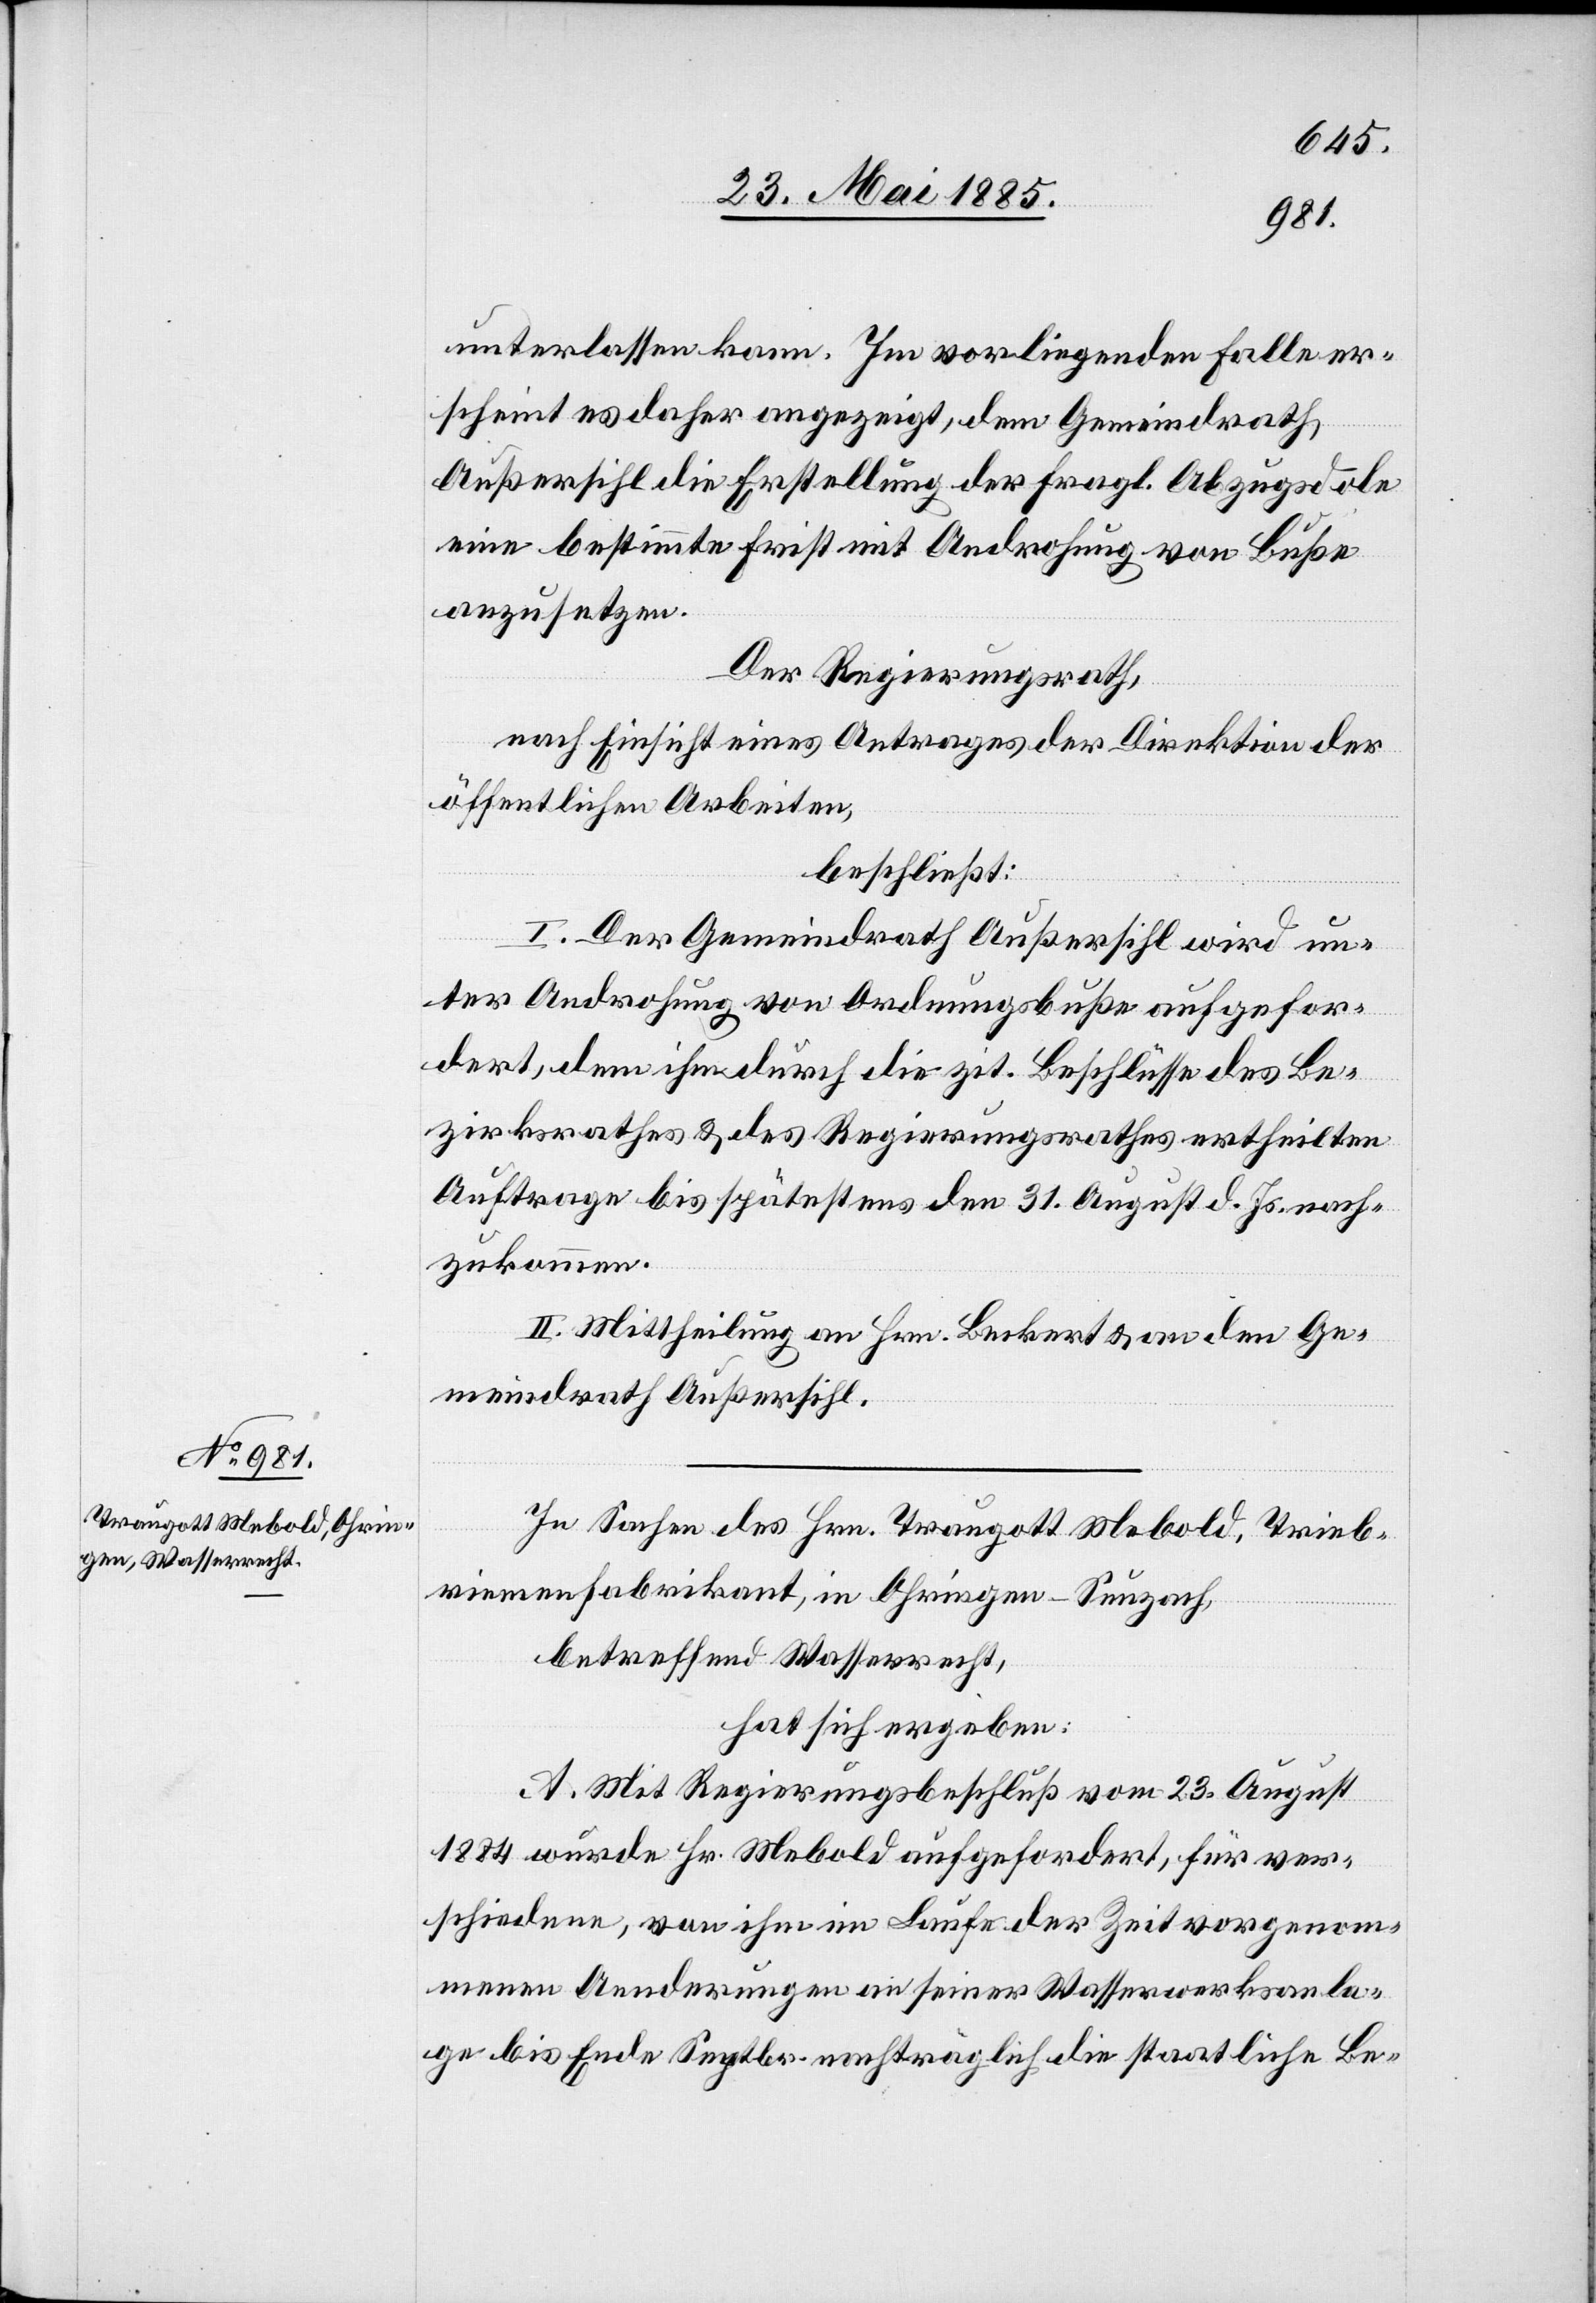
unterlassen kann. Im vorliegenden Falle er¬
scheint es daher angezeigt, dem Gemeindrath
Außersihl die Erstellung der fragl. Abzugsdole
eine bestimmte Frist mit Androhung von Buße
anzusetzen.
Der Regierungsrath,
nach Einsicht eines Antrages der Direktion der
öffentlichen Arbeiten,
beschließt:
I. Der Gemeindrath Außersihl wird un¬
ter Androhung von Ordnungsbuße aufgefor¬
dert, dem ihm durch die zit. Beschlüsse des Be¬
zirksrathes & des Regierungsrathes ertheilten
Auftrage bis spätestens den 31. August d. Js. nach¬
zukommen.
II. Mittheilung an Hrn. Burkert & an den Ge¬
meindsrath Außersihl.
In Sachen des Hrn. Traugott Mebold, Trieb¬
riemenfabrikant, in Ohringen - Seuzach,
betreffend Wasserrecht,
hat sich ergeben:
A. Mit Regierungsbeschluß vom 23. August
1884 wurde Hr. Mebold aufgefordert, für ver¬
schiedene, von ihm im Laufe der Zeit vorgenom¬
menen Aenderungen an seiner Wasserwerksanla¬
ge bis Ende Septbr. nachträglich die staatliche Be-